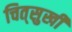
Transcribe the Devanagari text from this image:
चित्‌सुखी